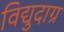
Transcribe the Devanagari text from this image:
विद्युदाग्र